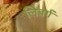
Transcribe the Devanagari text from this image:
लिबर्ग